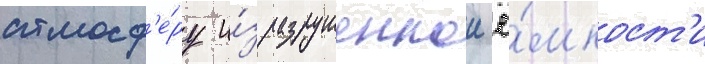
атмосф'е́ру и́з разрушеннои ё́мкост'и